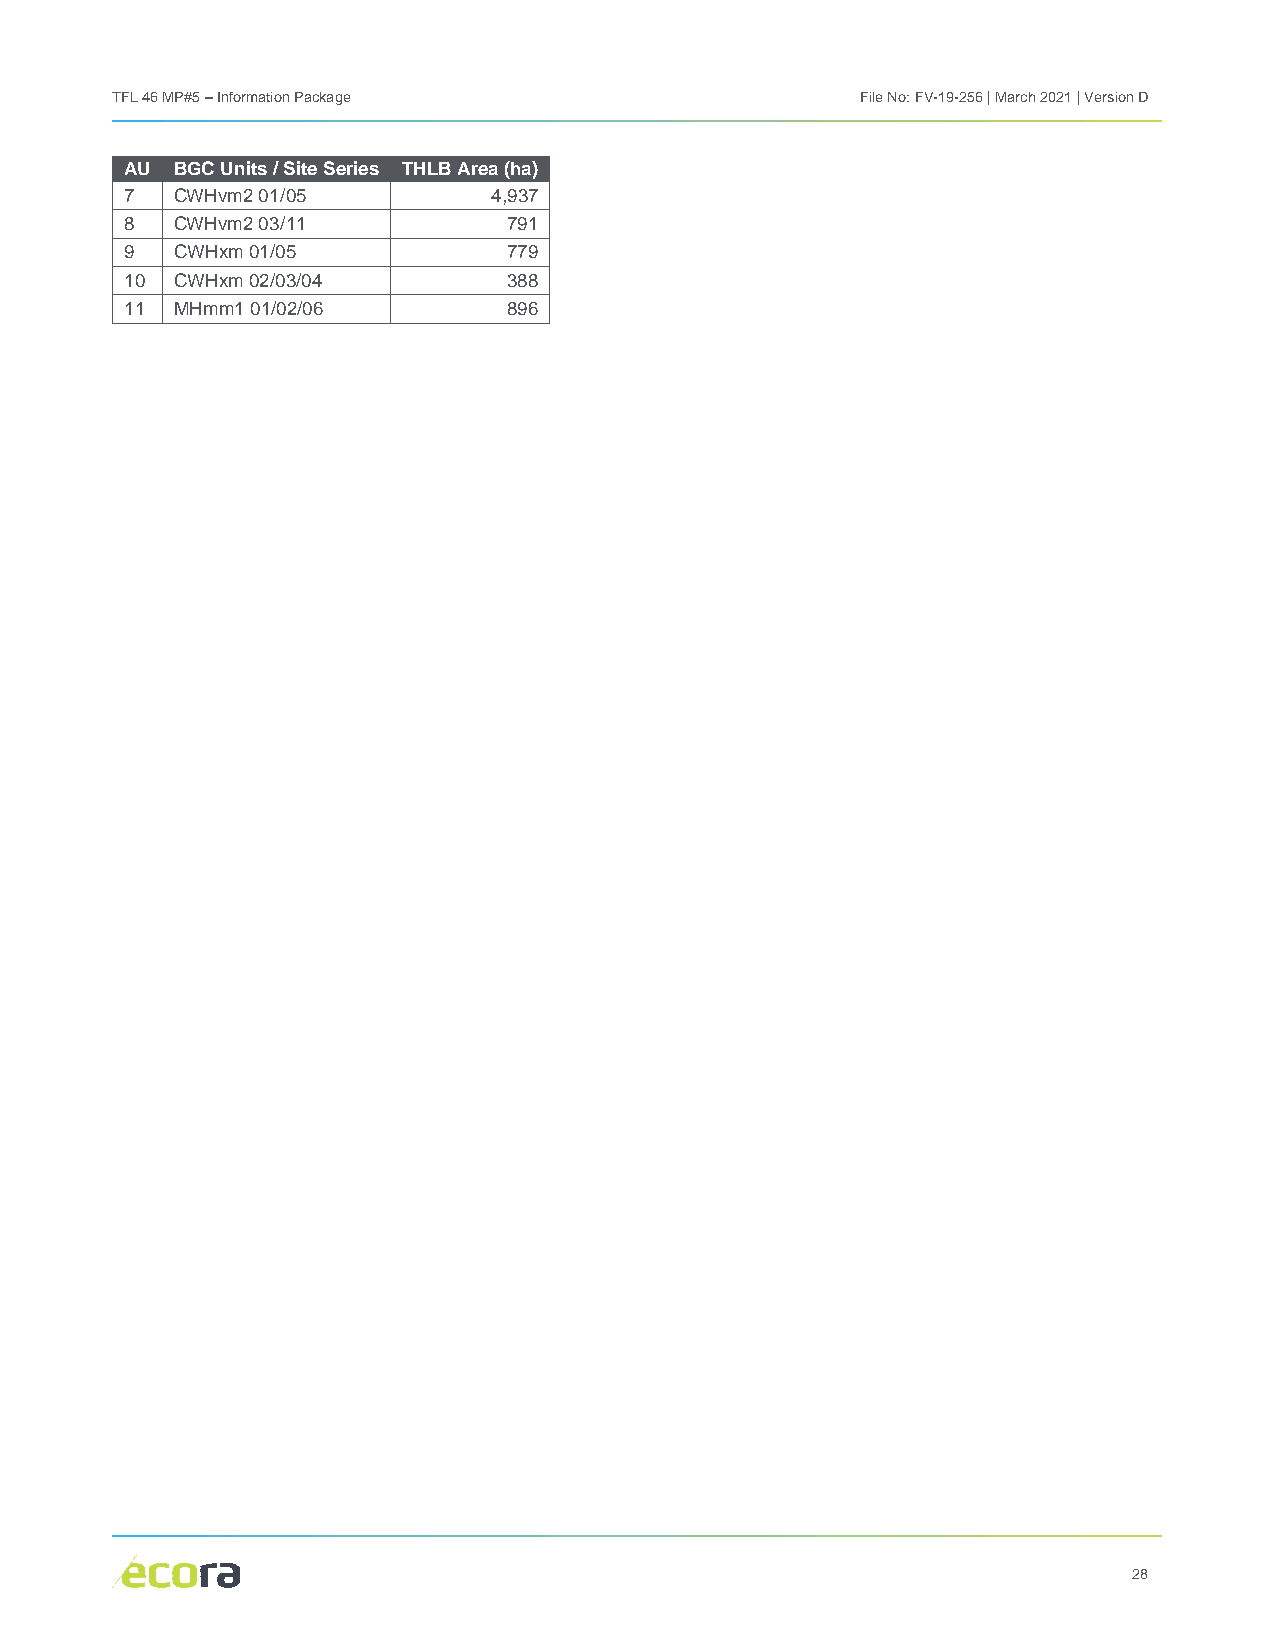
TFL 46 MP#5 – Information Package                 File No: FV-19-256 | March 2021 | Version D
 AU  BGC Units / Site Series THLB Area (ha)
 7   CWHvm2 01/05         4,937
 8   CWHvm2 03/11          791
 9   CWHxm 01/05           779
 10  CWHxm 02/03/04        388
 11  MHmm1 01/02/06        896
 28